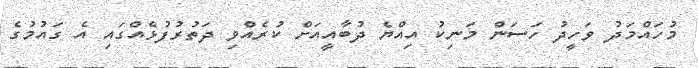
މުހައްމަދު ވަހީދު ހަސަން މަނިކު އިއްޔެ ދުބާއީއަށް ކުރެއްވި ދަތުރުފުޅެއްގައި އެ ގައުމުގެ